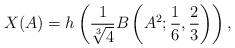
LaTeX: \begin{align*}X(A)=h\left(\frac{1}{\sqrt[3]{4}}B\left(A^2;\frac{1}{6},\frac{2}{3}\right)\right),\end{align*}